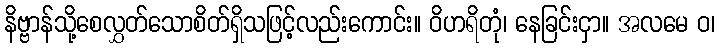
နိဗ္ဗာန်သို့စေလွှတ်သောစိတ်ရှိသဖြင့်လည်းကောင်း။ ဝိဟရိတုံ၊ နေခြင်းငှာ။ အလမေ ဝ၊